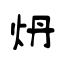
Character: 炿